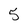
Character: 5